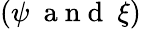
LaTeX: (\psi~\mathrm{~a~n~d~}~\xi)